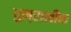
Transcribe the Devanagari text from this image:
धुम्रानीक